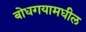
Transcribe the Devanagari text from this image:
बोधगयामधील